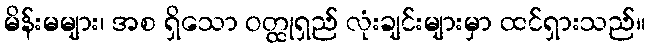
မိန်းမများ၊ အစ ရှိသော ဝတ္ထုရှည် လုံးချင်းများမှာ ထင်ရှားသည်။